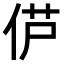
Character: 𫢠